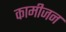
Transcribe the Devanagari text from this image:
कामीजन